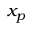
x _ { p }